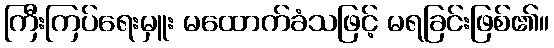
ကြီးကြပ်ရေးမှူး မထောက်ခံသဖြင့် မရခြင်းဖြစ်၏။